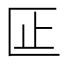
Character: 𫧎